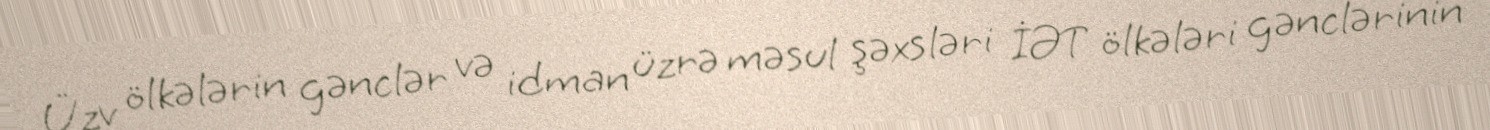
Üzv ölkələrin gənclər və idman üzrə məsul şəxsləri İƏT ölkələri gənclərinin